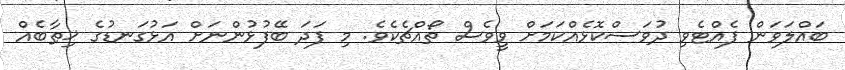
ބައްލަވަން ފެއްޓެވި ދުވަސްކޮޅެއްކަމަށް ވީވެސް ތޯއްޗެކެވެ. މި ފަދަ ބޭފުޅުންނަށް އަޅުގަނޑުގެ ޚިޠާބެއް